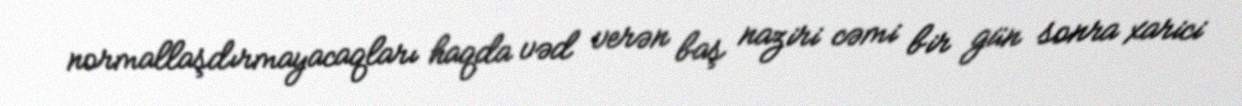
normallaşdırmayacaqları haqda vəd verən baş naziri cəmi bir gün sonra xarici